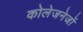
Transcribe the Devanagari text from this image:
कोलेजनेजों